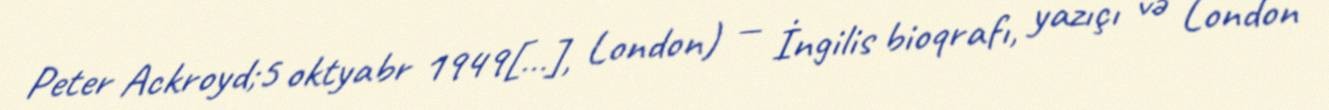
Peter Ackroyd;5 oktyabr 1949[…], London) — İngilis bioqrafı, yazıçı və London